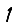
Digit: 1